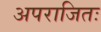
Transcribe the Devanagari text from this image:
अपराजितः